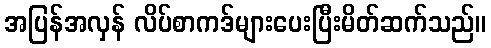
အပြန်အလှန် လိပ်စာကဒ်များပေးပြီးမိတ်ဆက်သည်။